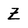
Character: Z